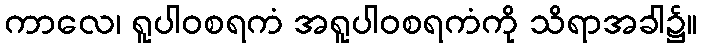
ကာလေ၊ ရူပါဝစရကံ အရူပါဝစရကံကို သိရာအခါ၌။